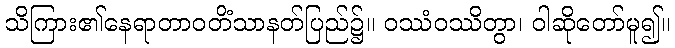
သိကြား၏နေရာတာဝတိံသာနတ်ပြည်၌။ ဝဿံဝဿိတွာ၊ ဝါဆိုတော်မူ၍။